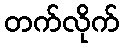
တက်လိုက်